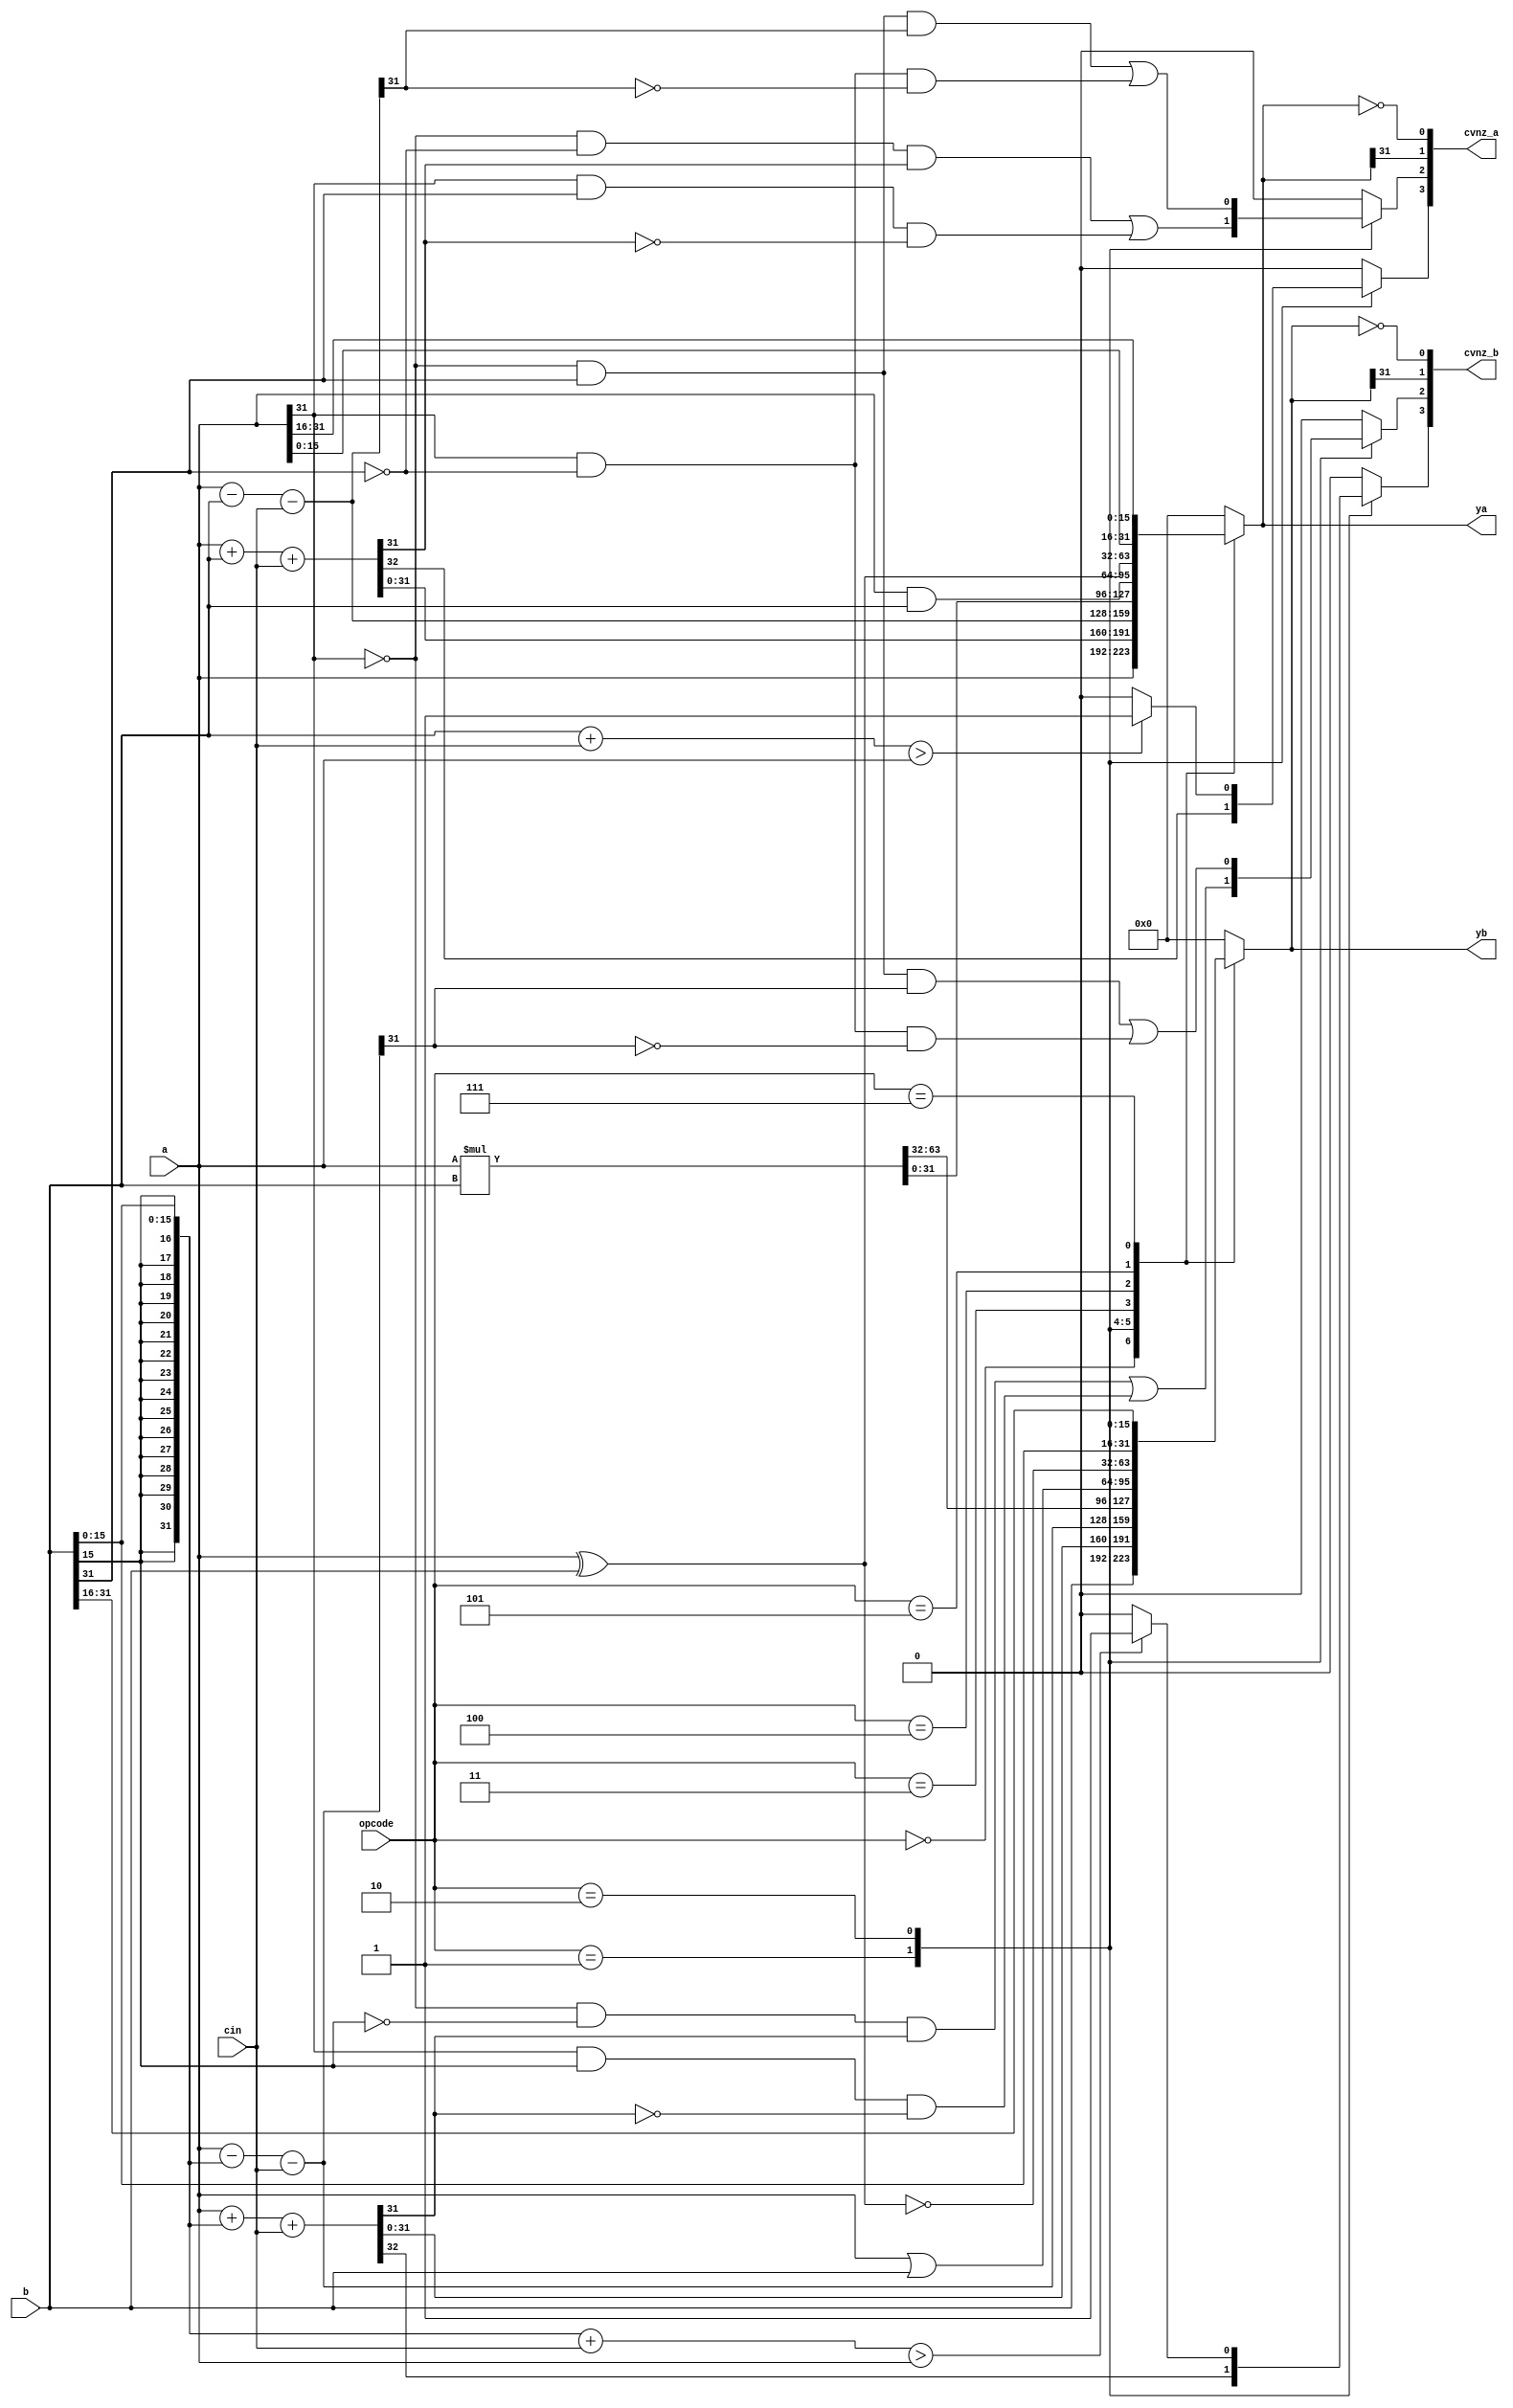
/* SXP Arithmetic Logic Unit
 *
 * Bob Hoffman
 *
 */

module alu     (opcode,		// alu function select
		a,		// a operand
		b,		// b operand
		cin,		// carry input
		ya,		// data output
		yb,		// data output
		cvnz_a,		// a output flags
		cvnz_b		// b output flags
	       );


input [2:0] opcode;
input [31:0] a;
input [31:0] b;
input cin;
output [31:0] ya;
reg [31:0] ya;
output [31:0] yb;
reg [31:0] yb;
output [3:0] cvnz_a;
output [3:0] cvnz_b;


// Flags:  c: indicates that a carry has occurred
//         z: indicates that the result is zero
//         v: indicates that an overflow has occurred
//	   n: indicates a negative result

reg  c_flag_a;		// c flag for output a
reg  v_flag_a;		// v flag for output a
wire n_flag_a;		// n flag for output a
wire z_flag_a;		// z flag for output a
reg  c_flag_b;		// c flag for output b
reg  v_flag_b;		// v flag for output b
wire n_flag_b;		// n flag for output b
wire z_flag_b;		// z flag for output b

assign cvnz_a = {c_flag_a, v_flag_a, n_flag_a, z_flag_a};
assign cvnz_b = {c_flag_b, v_flag_b, n_flag_b, z_flag_b};

wire [31:0] b_se;	// b input sign extended from 16-bits


// Operations:
//
// Opcode	 Function	     ya		     yb
// ------	----------	-------------	-------------
//  000		 pass		     a               b
//  001		 add		   a + b           a + b(se)
//  010		 sub		   a - b           a - b(se)
//  011		 mult		a * b [31:0]	a * b [63:32]
//  100		 and/or		   a & b	   a | b
//  101		 xor/xnor	   a ^ b	 ~(a ^ b)
//  110		(reserved)	    ---		    ---
//  111		 flip_pass      a[15:0,31:16]   b[15:0,31:16]


assign b_se = {{16{b[15]}}, b[15:0]};


always @(opcode or a or b or b_se or cin)
  begin
    ya = 'b 0;
    yb = 'b 0;
    c_flag_a = 'b 0;
    v_flag_a = 'b 0;
    c_flag_b = 'b 0;
    v_flag_b = 'b 0;

    case (opcode)
      3'd 0: begin	// pass through (similar to a noop)
          ya = a;
          yb = b;
        end
      3'd 1: begin	// add
          {c_flag_a, ya} = a + b + cin;
          {c_flag_b, yb} = a + b_se + cin;
	  v_flag_a = (~a[31] && ~b[31] && ya[31]) || (a[31] && b[31] && ~ya[31]);
	  v_flag_b = (~a[31] && ~b_se[31] && yb[31]) || (a[31] && b_se[31] && ~yb[31]);
        end
      3'd 2: begin	// subtract
          ya = a - b - cin;
          yb = a - b_se - cin;
	  if(b + cin > a)
	    c_flag_a = 1'b 1;
	  if(b_se + cin > a)
	    c_flag_b = 1'b 1;
	  v_flag_a = (~a[31] & b[31] & ya[31]) || (a[31] & ~b[31] & ~ya[31]);
	  v_flag_b = (~a[31] & b[31] & yb[31]) || (a[31] & ~b[31] & ~yb[31]);
        end
      3'd 3: begin	//mult
	  {yb, ya} = a * b;
        end
      3'd 4: begin	// logical and / or of a, b
          ya = a & b;
          yb = a | b;
        end
      3'd 5: begin	// logical xor of a, b
          ya = a ^ b;
          yb = ~(a ^ b);
        end
      3'd 7: begin	// byte-flipped pass through
          ya = {a[15:0], a[31:16]};
          yb = {b[15:0], b[31:16]};
        end
    endcase
  end

assign n_flag_a = ya[31];
assign z_flag_a = !ya;
assign n_flag_b = yb[31];
assign z_flag_b = !yb;

endmodule


/*
 *  $Id: alu_r.v,v 1.1 2001-10-26 21:29:34 bobh Exp $ 
 *  Module : alu_r.v
 *  Scope : Arithmetic Logic Unit
 *  Function : Arithmetic Logic Unit
 *
 *  Issues :  1. Multiply is unsigned.
 *  $Log: not supported by cvs2svn $
 */